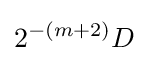
2^{-(m+2)}D